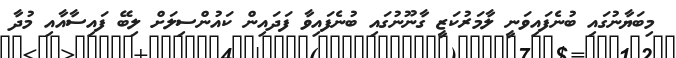
މިބަޔާނުގައި ބުނެފައިވަނީ ލާމަރުކަޒީ ގާނޫނުގައި ބުނެފައިވާ ފަދައިން ކައުންސިލަށް ލިބޭ ފައިސާއާއި މުދާ